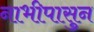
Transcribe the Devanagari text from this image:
नाभीपासुन